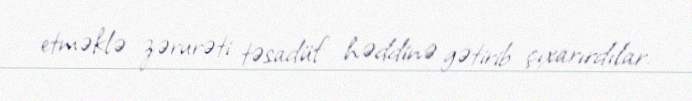
etməklə zərurəti təsadüf həddinə gətirib çıxarırdılar.